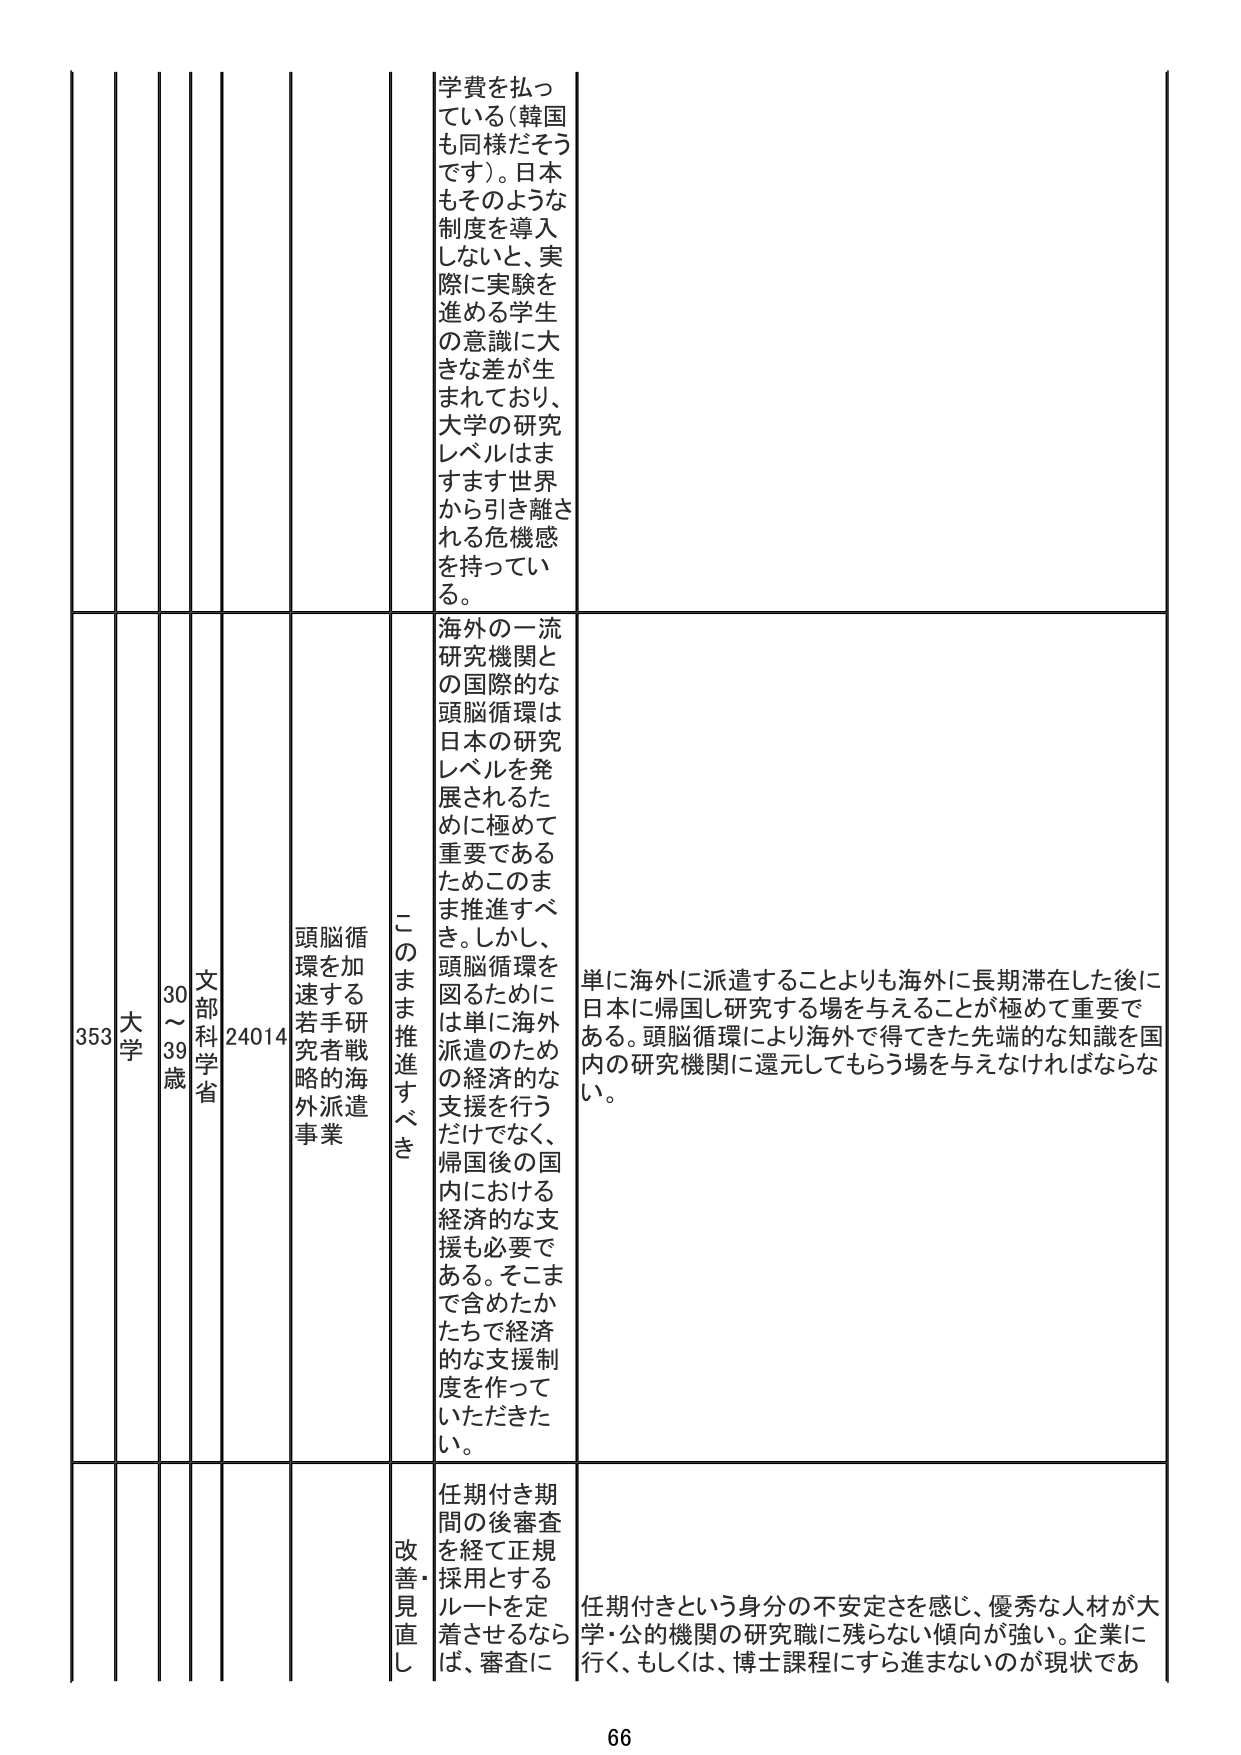
353 大学 30～39歳 文部科学省 24014 頭脳循環を加速する若手研究者戦略的海外派遣事業 このまま推進すべき 学費を払っている（韓国も同様だそうです）。日本もそのような制度を導入しないと、実際に実験を進める学生の意識に大きな差が生まれており、大学の研究レベルはますます世界から引き離される危機感を持っている。 海外の一流研究機関との国際的な頭脳循環は日本の研究レベルを発展させるために極めて重要であるためこのまま推進すべき。しかし、頭脳循環を図るためには単に海外の派遣のための経済的な支援を行うだけでなく、帰国後の国内における経済的な支援も必要である。そこまで含めたかたちで経済的な支援制度を作っていただきたい。 単に海外に派遣することよりも海外に長期滞在した後に日本に帰国し研究する場を与えることが極めて重要である。頭脳循環により海外で得てきた先端的な知識を国内の研究機関に還元してもらう場を与えなければならな い。 改善・見直し 任期付き期間の後審査を経て正規採用とするルートを定着させるならば、審査に 任期付きという身分の不安定さを感じ、優秀な人材が大学・公的機関の研究職に残らない傾向が強い。企業に行く、もしくは、博士課程にすら進まないのが現状であ 66